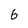
Character: 6